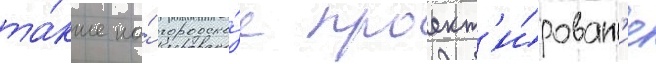
та́кже на́ городско́е проект'и́рован'ие